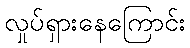
လှုပ်ရှားနေကြောင်း